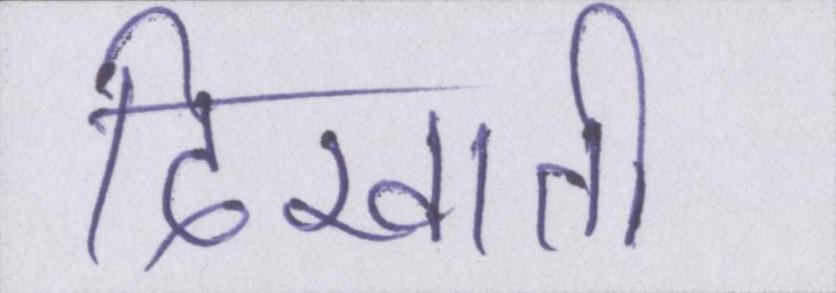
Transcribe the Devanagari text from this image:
दिखाती